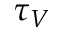
\tau _ { V }